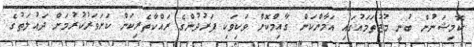
ކޮމިޝަނުން ބުނީ މުޖުތަމައުގައި އަމާންކަން ގާއިމްކޮށް ވަކިވަކި ފަރުދުންގެ ރައްކާތެރިކަން ކަށަވަރުކުރުމަށް ދައުލަތުގެ